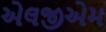
એલજીએમ